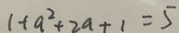
1 + a ^ { 2 } + 2 a + 1 = 5